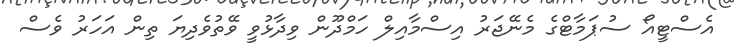
އެސްޓީއޯ ސުޕަމާޓްގެ މެނޭޖަރު އިސްމާއިލް ހަމްދޫން ވިދާޅުވީ ވޭތުވެދިޔަ ތިން އަހަރު ވެސް